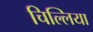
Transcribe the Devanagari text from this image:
चिल्लिया